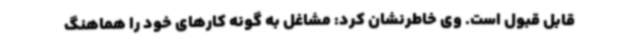
قابل قبول است. وی خاطرنشان کرد: مشاغل به گونه کارهای خود را هماهنگ